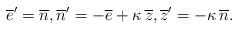
LaTeX: \begin{align*} \overline{e}'=\overline{n},\overline{n}'=-\overline{e}+\kappa \,\overline{z},\overline{z}'=-\kappa \,\overline{n}. \end{align*}